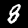
Label: 8